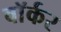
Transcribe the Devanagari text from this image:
वाॅर्कर